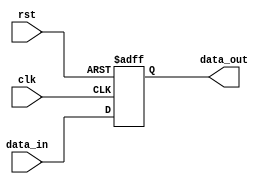
module Fallback_Bypass_Register (
    input wire clk,
    input wire rst,
    input wire [31:0] data_in,
    output reg [31:0] data_out
);

reg [31:0] reg_data;

always @(posedge clk or negedge rst) begin
    if (!rst) begin
        reg_data <= 32'h0;
    end else begin
        reg_data <= data_in;
    end
end

assign data_out = reg_data;

endmodule